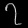
Digit: ၇